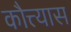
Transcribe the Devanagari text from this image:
कौत्त्यास